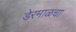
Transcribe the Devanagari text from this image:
डेरमाळचा